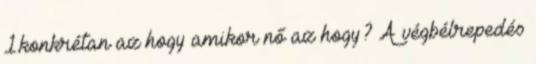
1.konkrétan az hogy amikor nő az hogy? A végbélrepedés